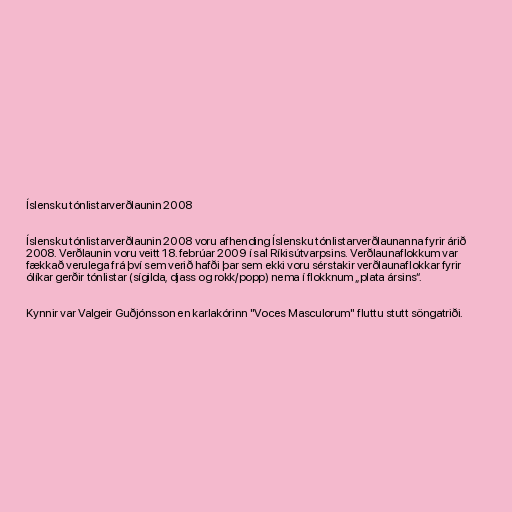
Íslensku tónlistarverðlaunin 2008

Íslensku tónlistarverðlaunin 2008 voru afhending Íslensku tónlistarverðlaunanna fyrir árið
2008. Verðlaunin voru veitt 18. febrúar 2009 í sal Ríkisútvarpsins. Verðlaunaflokkum var
fækkað verulega frá því sem verið hafði þar sem ekki voru sérstakir verðlaunaflokkar fyrir
ólíkar gerðir tónlistar (sígilda, djass og rokk/popp) nema í flokknum „plata ársins“.

Kynnir var Valgeir Guðjónsson en karlakórinn "Voces Masculorum" fluttu stutt söngatriði.